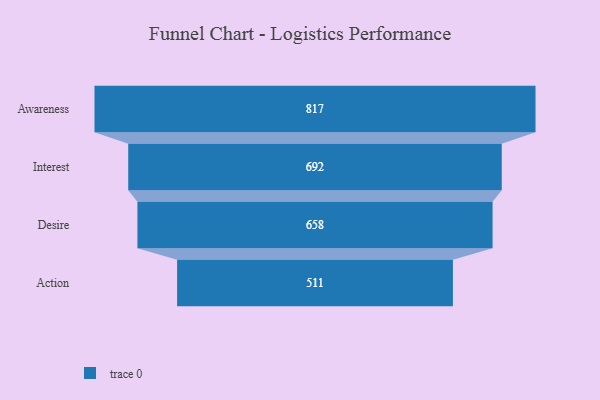
{"axis": {"x": "Stage", "y": "Value"}, "legend": [""], "data": [{"x": "Awareness", "y": 817.0, "type": ""}, {"x": "Interest", "y": 692.0, "type": ""}, {"x": "Desire", "y": 658.0, "type": ""}, {"x": "Action", "y": 511.0, "type": ""}]}